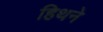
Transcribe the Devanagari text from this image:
हिथने